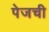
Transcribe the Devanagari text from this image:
पेजची